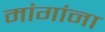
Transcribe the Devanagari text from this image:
मांगांना